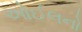
ઓઈલનો